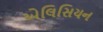
એલિસિયન